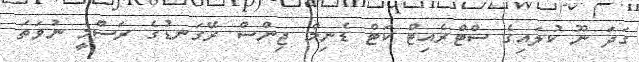
ގަދަ ނޫ ކުލައިގެ ސްޓްރެއިޓް ކަޓް ޑެނިމް ޖިންސް ރޭގަނޑުގެ ރަސްމީ ނުވަތަ